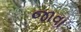
જાવા